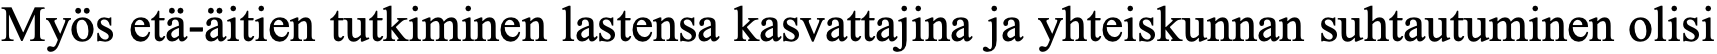
Myös etä-äitien tutkiminen lastensa kasvattajina ja yhteiskunnan suhtautuminen olisi